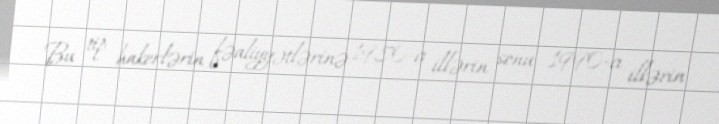
Bu tip hakerlərin fəaliyyətlərinə 1980-cı illərin sonu 1990-cı illərin